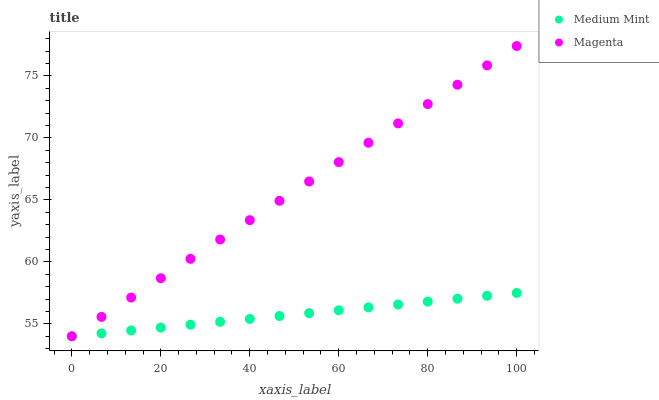
| xaxis_label | Medium Mint | Magenta |
 | --- | --- | --- |
 | 0 | 54 | 54 |
 | 6.67 | 54.2 | 55.6 |
 | 13.3 | 54.5 | 57.1 |
 | 20 | 54.7 | 58.7 |
 | 26.7 | 54.9 | 60.2 |
 | 33.3 | 55.2 | 61.8 |
 | 40 | 55.4 | 63.4 |
 | 46.7 | 55.6 | 64.9 |
 | 53.3 | 55.9 | 66.5 |
 | 60 | 56.1 | 68 |
 | 66.7 | 56.3 | 69.6 |
 | 73.3 | 56.6 | 71.2 |
 | 80 | 56.8 | 72.7 |
 | 86.7 | 57 | 74.3 |
 | 93.3 | 57.3 | 75.8 |
 | 100 | 57.5 | 77.4 |